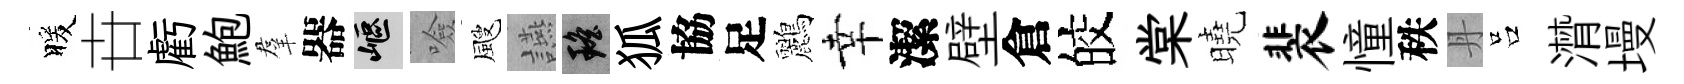
暖卋虧鮑羣器嶇噞颼讌瑶狐協足鸝幸潔壁倉皎棠曉裴憧秩丹吕潸墁